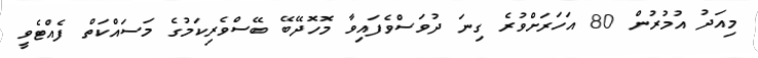
މިއަދު އުމުރުން 80 އަހަރަށްވުރެ ގިނަ ދުވަސްވެފައިވާ މޮޮހޮދޭބޭ ބޭސްވެރިކަމުގެ މަަސައްކަތް ފެއްޓެވީ